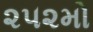
૨૫૨મો